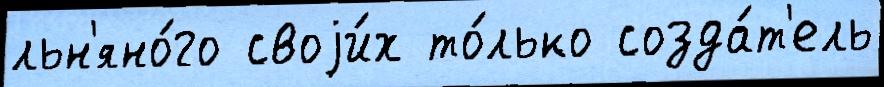
льн'яно́го своjи́х то́лько созда́т'ель